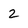
Character: 2